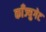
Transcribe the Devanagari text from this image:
काँज्युगेट